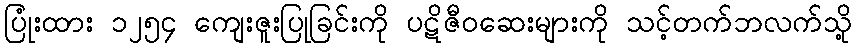
ပြုံးထား ၁၂၅၄ ကျေးဇူးပြုခြင်းကို ပဋိဇီဝဆေးများကို သင့်တက်ဘလက်သို့